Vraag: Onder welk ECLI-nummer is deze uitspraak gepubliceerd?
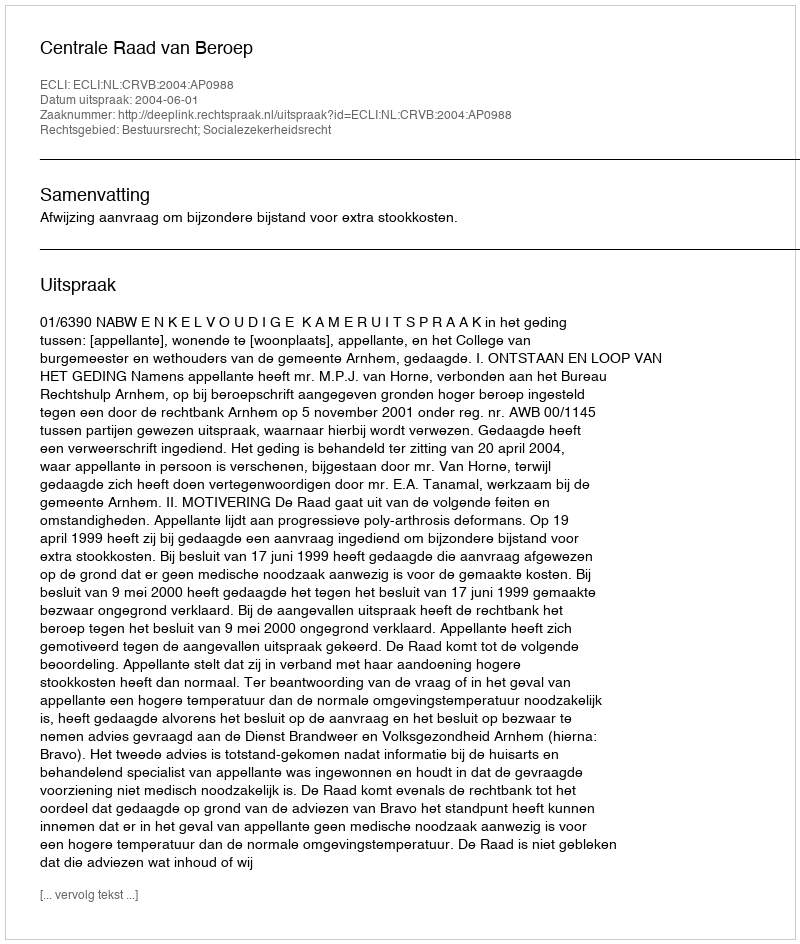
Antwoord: ECLI:NL:CRVB:2004:AP0988